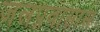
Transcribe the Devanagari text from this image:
जलप्रवासास